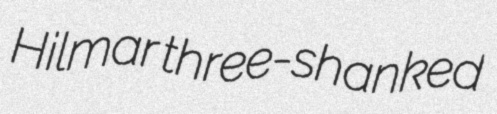
Hilmar three-shanked